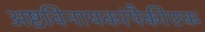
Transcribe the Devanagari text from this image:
अष्टविनायकांपैकीएक